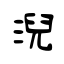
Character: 淣